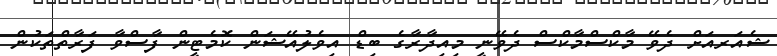
ޝެއަރއަށް ދެވޭ މާކްސްމާކްސް ދެވޭނީ މިއިދާރާގެ ބިޑް އިވެލުއޭޝަން ކޮމެޓީން ފާސްވާ ފަރާތްތަކުން